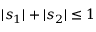
| s _ { 1 } | + | s _ { 2 } | \leq 1